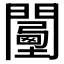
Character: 𨶾